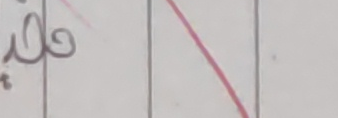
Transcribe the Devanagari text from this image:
जिंद